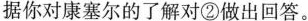
据你对康塞尔的了解对②学做出回答。